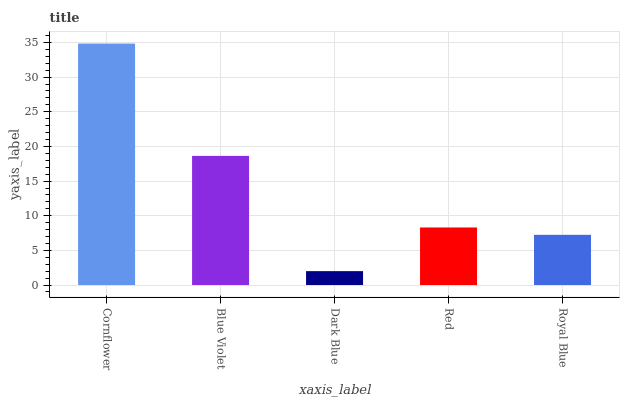
| xaxis_label | bars |
 | --- | --- |
 | Cornflower | 34.8 |
 | Blue Violet | 18.6 |
 | Dark Blue | 2 |
 | Red | 8.31 |
 | Royal Blue | 7.24 |